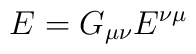
E = G_{\mu \nu} E^{\nu \mu}